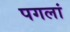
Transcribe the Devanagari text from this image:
पगलां